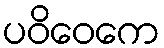
ပဝိဝေကေ